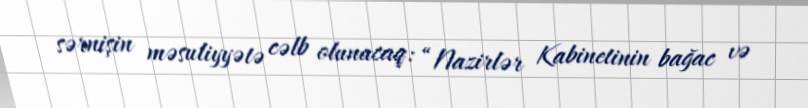
sərnişin məsuliyyətə cəlb olunacaq: “Nazirlər Kabinetinin bağac və